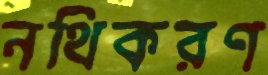
নথিকরণ